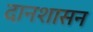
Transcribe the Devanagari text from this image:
दानशासन